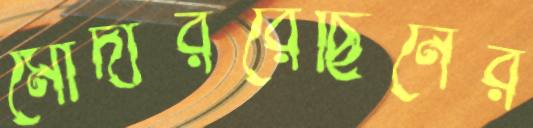
মোদাররেছিনের